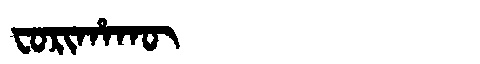
Manchu: ᠸᠣᡵᡳᡥᠠᡴᡡ
Romanization: FORIHAKŪ